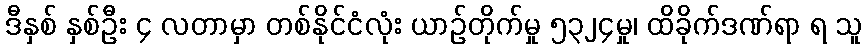
ဒီနှစ် နှစ်ဦး ၄ လတာမှာ တစ်နိုင်ငံလုံး ယာဉ်တိုက်မှု ၅၃၂၄မှု၊ ထိခိုက်ဒဏ်ရာ ရ သူ